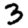
Digit: 3